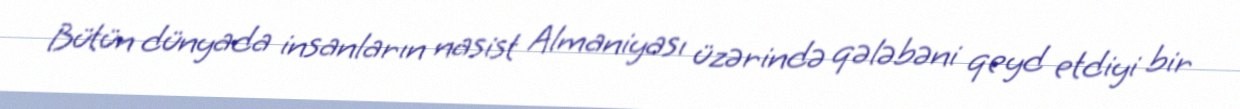
Bütün dünyada insanların nasist Almaniyası üzərində qələbəni qeyd etdiyi bir